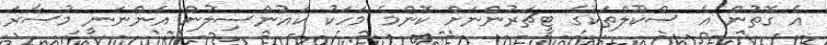
އެ ގޮތުން އެ ސްކޫލްތަކުގެ ޓީޗަރުންނަށް ކޮންމެ މަހަކު ކައުންސިލުން އަންނަނީ މުސާރަ